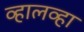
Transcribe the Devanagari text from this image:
व्हालव्हा